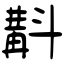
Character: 斠